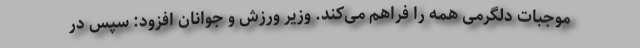
موجبات دلگرمی همه را فراهم می‌کند. وزیر ورزش و جوانان افزود: سپس در